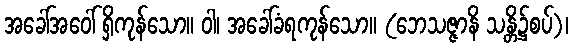
အခေါ်အဝေါ် ရှိကုန်သော။ ဝါ၊ အခေါ်ခံရကုန်သော။ (ဘေသဇ္ဇာနိ သန္တိ၌စပ်)၊